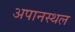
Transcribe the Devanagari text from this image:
अपानस्थल